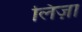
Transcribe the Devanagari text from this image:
लिज़ा